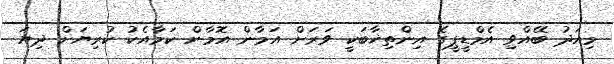
މިއަދު ބޭއްވި އެމްޑީޕީގެ އިންތިޚާބަކީ ވަރަށް އަމާން އޮމާން ކަމާއެކު ކުރިޔަށް ދިޔަ